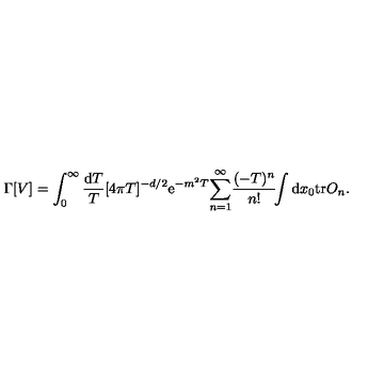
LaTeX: \Gamma [ V ] = \int _ { 0 } ^ { \infty } { \frac { \mathrm { d } T } { T } } [ 4 \pi T ] ^ { - d / 2 } \mathrm { e } ^ { - m ^ { 2 } T } { \sum _ { n = 1 } ^ { \infty } } { \frac { ( - T ) ^ { n } } { n ! } } \! \! \int \mathrm { d } x _ { 0 } \mathrm { t r } O _ { n } .